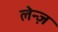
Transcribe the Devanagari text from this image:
लेन्ज़